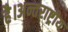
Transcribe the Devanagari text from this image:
है।अन्तराष्ट्रीय